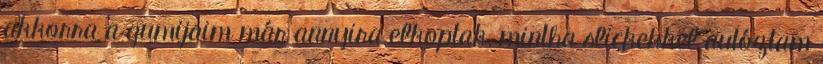
akkorra a gumijaim már annyira elkoptak, mintha slickekkel autóztam